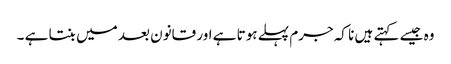
وہ جیسے کہتے ہیں نا کہ جرم پہلے ہوتا ہے اور قانون بعد میں بنتا ہے ۔